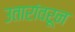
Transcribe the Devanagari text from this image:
उतारांवरून